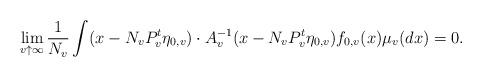
LaTeX: \begin{align*} \lim_{v \uparrow \infty} \frac{1}{N_v} \int (x- N_v P_v^t \eta_{0, v}) \cdot A_v ^{-1} ( x-N_v P_v^t \eta_{0, v}) f_{0,v}(x) \mu_v (dx) =0.\end{align*}